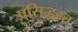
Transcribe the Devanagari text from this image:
प्रसिद्धहत